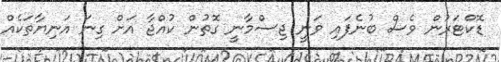
ޑޮކްޓަރުން ވެސް ބުނެފައި ވަނީ ޖިސްމާނީ ގޮތުން ކުއްޖާ އަށް ގިނަ އަނިޔާތަކެއް